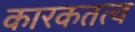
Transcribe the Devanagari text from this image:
कारकतत्व